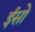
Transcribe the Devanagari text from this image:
ईसो